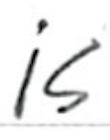
Text: is
Cross-out: clean
Writing tool: ballpoint